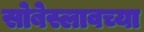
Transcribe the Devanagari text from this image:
सोबेस्लावच्या